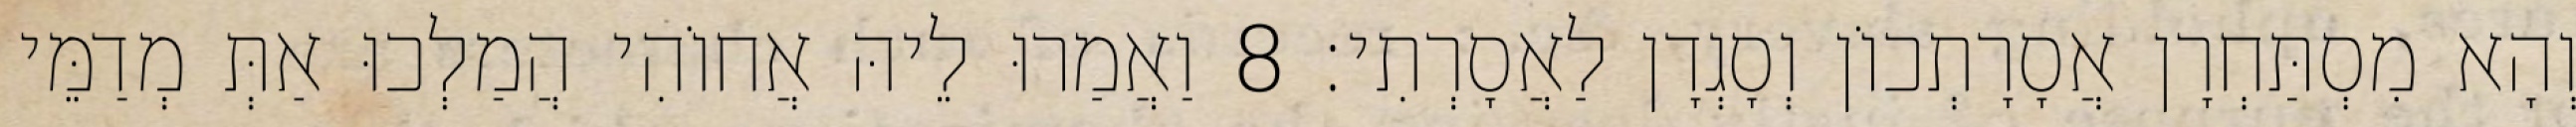
וְהָא מִסְתַּחְרָן אֲסָרָתְכוֹן וְסָגְדָן לַאֲסָרְתִי׃ 8 וַאֲמַרוּ לֵיהּ אֲחוֹהִי הֲמַלְכוּ אַתְּ מְדַמֵּי